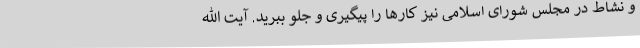
و نشاط در مجلس شورای اسلامی نیز کارها را پیگیری و جلو ببرید. آیت الله